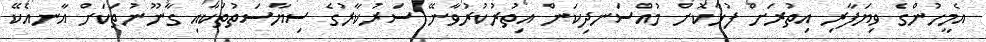
އެމީހުންގެ ވިޔަފާރި އިތުރަށް ފުޅާކޮށް މުއްސަނދިކަން އިތުރުކުރުވާނޭ ސަރުކާރުގެ ސިޔާސަތުތަކާއި ގާނޫނުތަކަށް އާނއެކޭ